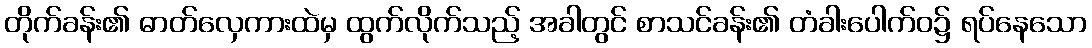
တိုက်ခန်း၏ ဓာတ်လှေကားထဲမှ ထွက်လိုက်သည့် အခါတွင် စာသင်ခန်း၏ တံခါးပေါက်ဝ၌ ရပ်နေသော